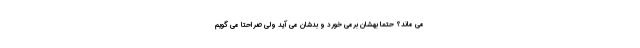
می ماند؟ حتماً بهشان برمی خورد و بدشان می آید ولی صراحتاً می گویم